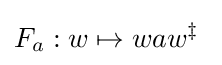
F_{a}:w\mapsto waw^{\ddagger }\